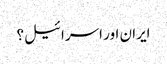
ایران اور اسرائیل؟